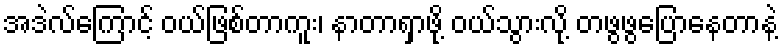
အဒဲလ်ကြောင့် ဝယ်ဖြစ်တာကူး၊ နာတာရှာဖို့ ဝယ်သွားလို့ တဖွဖွပြောနေတာနဲ့